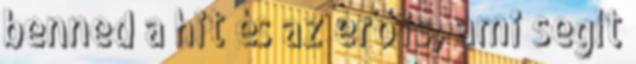
benned a hit és az erő is, ami segít